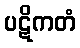
ပဋိကတံ